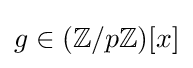
\textstyle g\in (\mathbb {Z} /p\mathbb {Z} )[x]